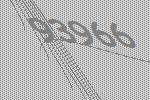
93966